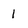
Character: 1